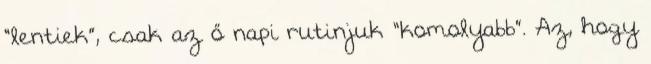
“lentiek”, csak az ő napi rutinjuk “komolyabb”. Az, hogy